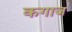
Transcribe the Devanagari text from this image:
कगाज